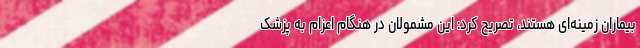
بیماران زمینه‌ای هستند، تصریح کرد: این مشمولان در هنگام اعزام به پزشک